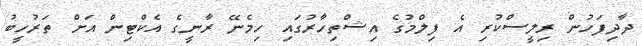
ދާދިފަހުން ރިލީސްކުރި އެ ފިލްމުގެ އިޝްތިހާރުގައި ހިމެނޭ ރާނީގެ އެކްޓިން އަށް ތަރުހީބު